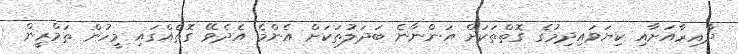
ދާއިރާއަށާއި ކިޔަވައިދިމުގެ ގޮތްތަކަށް އަންނާނެ ބަދަލުތަކަށް އެންމެ އެދެވޭ ގޮތެއްގައި މީހުން ތަމްރީން